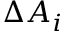
\Delta A _ { i }